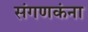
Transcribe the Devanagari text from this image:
संगणकंना